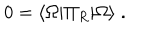
0 = \langle \Omega \vert \Pi _ { R } \vert \Omega \rangle \; .